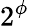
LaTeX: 2^{\phi}